Lock hospitals Punjab
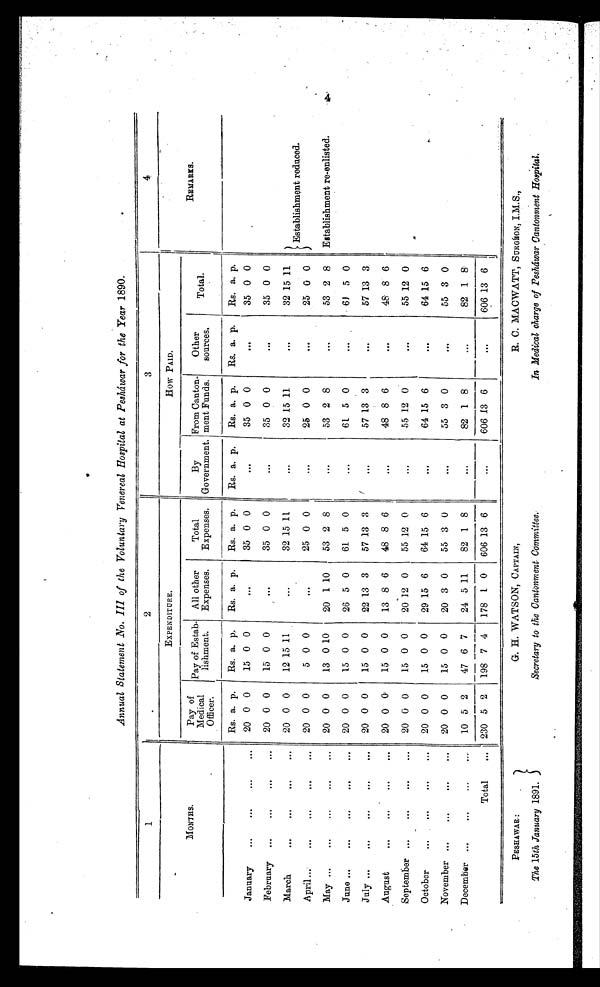
Annual Statement No. III of the Voluntary Venereal Hospital at Pesháwar for the Year 1890.
1
2
3
4
M O N T H S .
EXPENDITURE.
HOW PAID.
REMARKS.
Pay of
Medical
Officer.
Pay of Estab-
hshment.
All other
Expenses.
Total
Expenses.
By
Government.
From Canton-
ment Funds.
Other
sources.
Total.
Rs. a. p.
Rs. a. p.
Rs. a. p.
Rs. a. p.
Rs. a. p.
Rs. a. p.
Rs. a. p.
Rs. a. p.
January
...
...
...
...
20 0 0
15 0 0
. . .
35 0 0
. . . 35 0 0
. . .
35 0 0
February ...
...
...
. . . 20 0 0
15 0 0
. . .
35 0 0
. . . 35 0 0
. . .
35 0 0
March
. . .
. . .
. . .
. . . 20 0 0
12 15 11
...
32 15 11
. . . 32 15 11
. . .
32 15 11
Establishment reduced.
April...
...
...
...
...
20 0 0
5 0 0
. . .
25 0 0
. . . 25 0 0
. . .
25 0 0
May ...
...
...
...
...
20 0 0
13 0 10
20 1 10
53 2 8
. . . 53 2 8
. . .
53 2 8
Establishment re-enlisted.
June ...
...
...
...
...
20 0 0
15 0 0
26 5 0
61 5 0
. . . 61 5 0
...
61 5 0
July ...
...
...
...
...
20 0 0
15 0 0
22 13 3
57 13
3
. . . 57 13 3
. . .
57 13 3
August
...
...
...
...
20 0 0
15 0 0
13 8 6
48 8 6
. . . 48 8 6
. . .
48 8 6
September ...
...
...
...
20 0 0
15 0 0
20 12 0
55 12 0
. . . 55 12 0
. . .
55 12 0
October
...
...
...
...
20 0 0
15 0 0
29 15 6
64 15 6
. . . 64 15 6
. . .
64 15 6
November ...
...
...
. . . 20 0 0
15 0 0
20 3 0
55 3 0
. . . 55 3 0
. . .
55 3 0
December ...
...
...
...
10 5 2
47 6 7
24 511
82 1 8
. . . 82 1 8
. . .
82 1 8
Total
... 230 5 2
198 7 4
178 1 0
606 13 6
...
606 13 6
. . .
606 13 6
PESHAWAR:
The 15th January 1891.
G. H. WATSON, CAPTAIN,
Secretary to the Cantonment Committee.
R. C. MACWATT, SURGEON, I.M.S.,
in Medical charge of Pesháwar Cantonment Hospital.